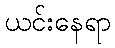
ယင်းနေရာ